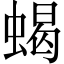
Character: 蝎